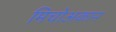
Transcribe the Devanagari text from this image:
मिचोअकान